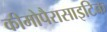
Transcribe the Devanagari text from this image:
कीमोपैरासाइटिक